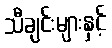
သီချင်းများနှင့်